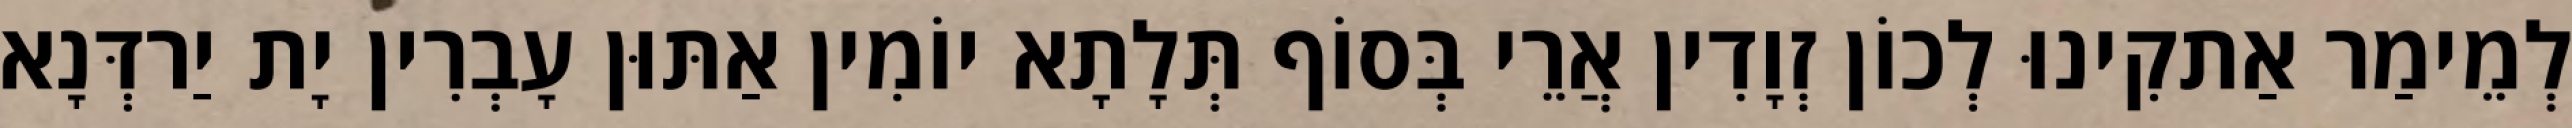
לְמֵימַר אַתקִינוּ לְכוֹן זְוָדִין אֲרֵי בְּסוֹף תְּלָתָא יוֹמִין אַתּוּן עָבְרִין יָת יַרדְּנָא